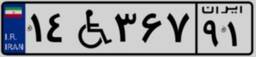
۱۴W۳۶۷۹۱